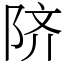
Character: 𬯀